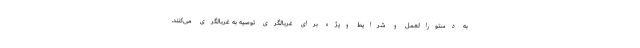
به دستورالعمل و شرایط ویژه برای غربالگری توصیه به غربالگری می‌کنند.